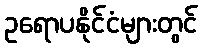
ဥရောပနိုင်ငံများတွင်